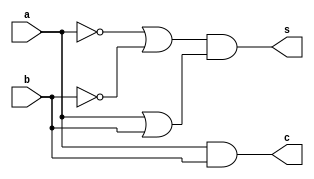
module gate (a, b, s, c);
    input a, b;
    output s, c;
    
    assign s = (!a||!b)&(a||b);
    assign c = a&b;

endmodule

module end_tb;
    wire S, C;
    reg A, B;
    
    gate my_gate (.a(A), .b(B), .s(S), .c(C));
    
    initial
        begin
        $monitor (A," ", B, " ",S, " ", C);
        A = 1'b0;
        B = 1'b0;
        #5
        A = 1'b1;
        B = 1'b0;
        #5
        A = 1'b0;
        B = 1'b1;
        #5
        A = 1'b1;
        B = 1'b1;
        
        end
endmodule